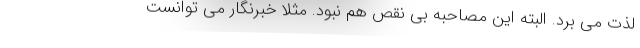
لذت می برد. البته این مصاحبه بی نقص هم نبود. مثلا خبرنگار می توانست